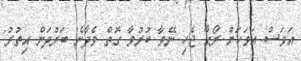
އަވަސް އަވަހަށް ރޯގާ ޖެހި ނޭވާ ކުރުވާ ގޮތް ވެދާނެ ބަރުދަން އިތުރު